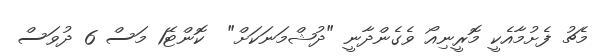
މެޗު ފެށުމާއެކީ މޮރީނިއޯ ވެގެންދާނީ "ދުޝްމަނަކަށް"  ކޮންޓޭ1 މަސް 6 ދުވަސް